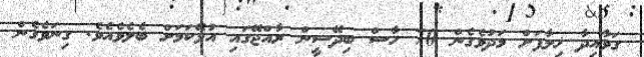
ގަވާއިދާ ޚިލާފަށް މަދުވެގެން 70 ހާސް ބިދޭސީން ރާއްޖޭގައި އުޅޭކަމަށް ބެލެވެއެވެ. ގިނަވެގެން